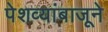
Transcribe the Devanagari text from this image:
पेशव्यांबाजूने